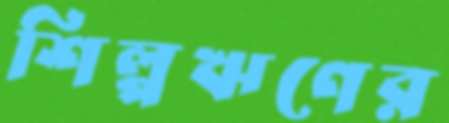
শিল্পঋণের